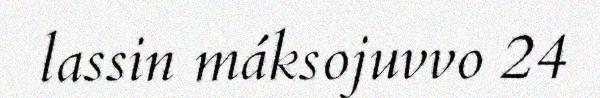
lassin máksojuvvo 24